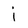
Character: i